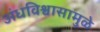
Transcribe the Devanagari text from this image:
अंधविश्वासामुळे